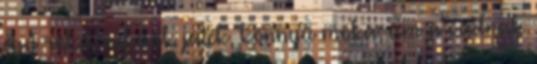
egy róka, nekünk játék, könnyű móka, ám a vadnak